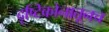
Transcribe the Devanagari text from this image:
दृष्टिकोनातूनच